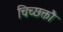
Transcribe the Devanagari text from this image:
चिच्छक्तौ